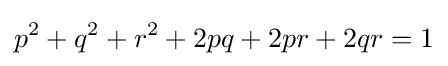
p^{2}+q^{2}+r^{2}+2pq+2pr+2qr=1